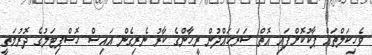
ވެހިކަލްތައް ޕާކުކޮށްފައި އޮތް ސަރަޚައްދުން ރީހާންގެ ކާރު ނެރިގެން އައިސް ހޮސްޕިޓަލުގެ ދޮރުމަތީ